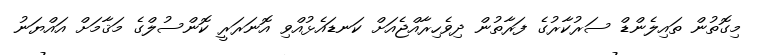
މިގޮތުން ތައިލެންޑް ސަރުކާރުގެ ފަރާތުން ދިވެހިރާއްޖެއަށް ކަނޑައެޅުއްވި އޮނަރަރީ ކޮންސުލްގެ މަޤާމަށް އައްޔަނު